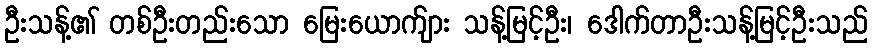
ဦးသန့်၏ တစ်ဦးတည်းသော မြေးယောက်ျား သန့်မြင့်ဦး၊ ဒေါက်တာဦးသန့်မြင့်ဦးသည်